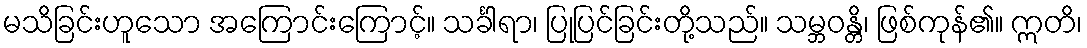
မသိခြင်းဟူသော အကြောင်းကြောင့်။ သင်္ခါရာ၊ ပြုပြင်ခြင်းတို့သည်။ သမ္ဘဝန္တိ၊ ဖြစ်ကုန်၏။ ဣတိ၊